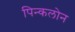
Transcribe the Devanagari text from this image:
पिन्कलोन